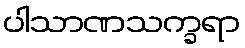
ပါသာဏသက္ခရာ